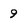
Character: 9